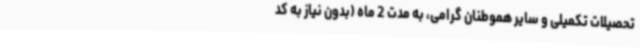
تحصیلات تکمیلی و سایر هموطنان گرامی، به مدت 2 ماه (بدون نیاز به کد